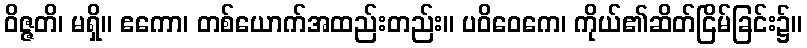
ဝိဇ္ဇတိ၊ မရှိ။ ဧကော၊ တစ်ယောက်အထည်းတည်း။ ပဝိဝေကေ၊ ကိုယ်၏ဆိတ်ငြိမ်ခြင်း၌။